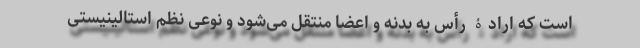
است که ارادۀ رأس به بدنه و اعضا منتقل می‌شود و نوعی نظم استالینیستی